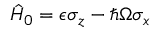
\hat { H } _ { 0 } = \epsilon \sigma _ { z } - \hbar \Omega \sigma _ { x }